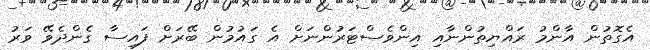
އެގޮތުން އާންމު ރައްޔިތުންނާއި އިންވެސްޓަރުންނަށް އެ ގައުމުން ބޭރަށް ފައިސާ ގެންދެވޭ ވަރު